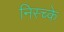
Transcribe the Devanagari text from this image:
निस्च्के